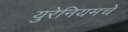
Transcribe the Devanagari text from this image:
युरेनियमचे